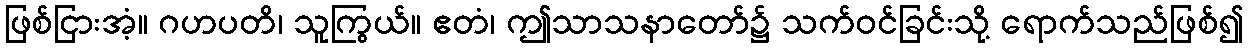
ဖြစ်ငြားအံ့။ ဂဟပတိ၊ သူကြွယ်။ ဧတံ၊ ဤသာသနာတော်၌ သက်ဝင်ခြင်းသို့ ရောက်သည်ဖြစ်၍